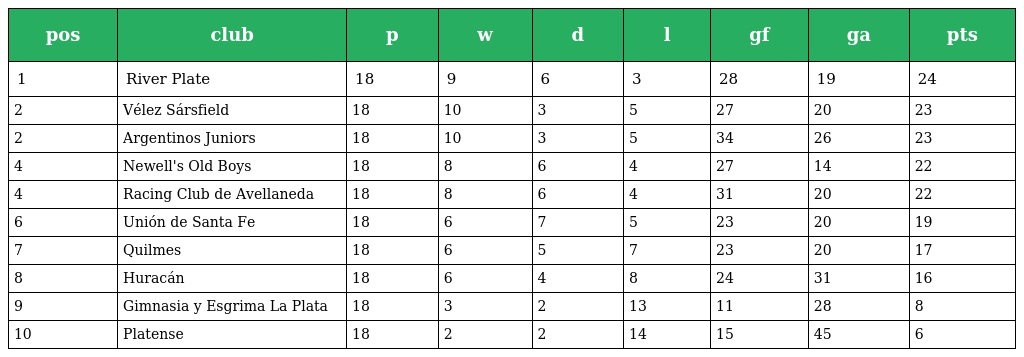
| pos | club | p | w | d | l | gf | ga | pts |
 | --- | --- | --- | --- | --- | --- | --- | --- | --- |
 | 1 | River Plate | 18 | 9 | 6 | 3 | 28 | 19 | 24 |
 | 2 | Vélez Sársfield | 18 | 10 | 3 | 5 | 27 | 20 | 23 |
 | 2 | Argentinos Juniors | 18 | 10 | 3 | 5 | 34 | 26 | 23 |
 | 4 | Newell's Old Boys | 18 | 8 | 6 | 4 | 27 | 14 | 22 |
 | 4 | Racing Club de Avellaneda | 18 | 8 | 6 | 4 | 31 | 20 | 22 |
 | 6 | Unión de Santa Fe | 18 | 6 | 7 | 5 | 23 | 20 | 19 |
 | 7 | Quilmes | 18 | 6 | 5 | 7 | 23 | 20 | 17 |
 | 8 | Huracán | 18 | 6 | 4 | 8 | 24 | 31 | 16 |
 | 9 | Gimnasia y Esgrima La Plata | 18 | 3 | 2 | 13 | 11 | 28 | 8 |
 | 10 | Platense | 18 | 2 | 2 | 14 | 15 | 45 | 6 |